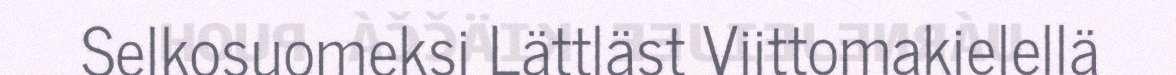
Selkosuomeksi Lättläst Viittomakielellä